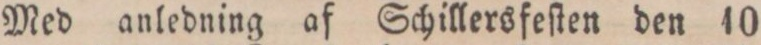
Med anledning af Schillersfeſten den 10